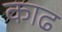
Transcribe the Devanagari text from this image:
काढ